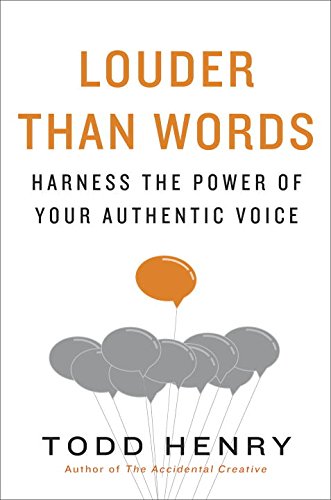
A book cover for Louder than Words: Harness the Power of Your Authentic Voice; Todd Henry; Business & Money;